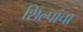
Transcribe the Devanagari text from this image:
शिल्पांचा